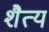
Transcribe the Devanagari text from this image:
शैत्य